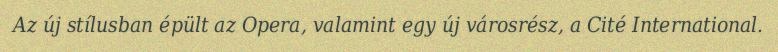
Az új stílusban épült az Opera, valamint egy új városrész, a Cité International.